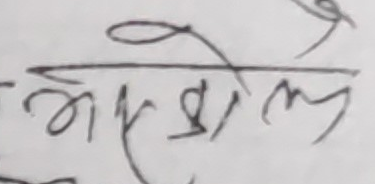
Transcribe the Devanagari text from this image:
भोइल